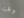
وقت